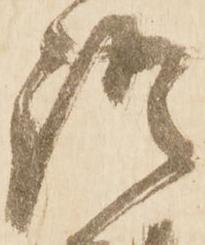
語